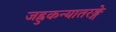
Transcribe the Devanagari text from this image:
जह्नुकन्यातरङ्गे